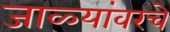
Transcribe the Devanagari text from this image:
जाळ्यांवरचे